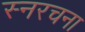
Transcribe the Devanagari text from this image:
स्नरचना